Calcutta medical institutions reports 1879-81 [i.e.91]
Year: 1879
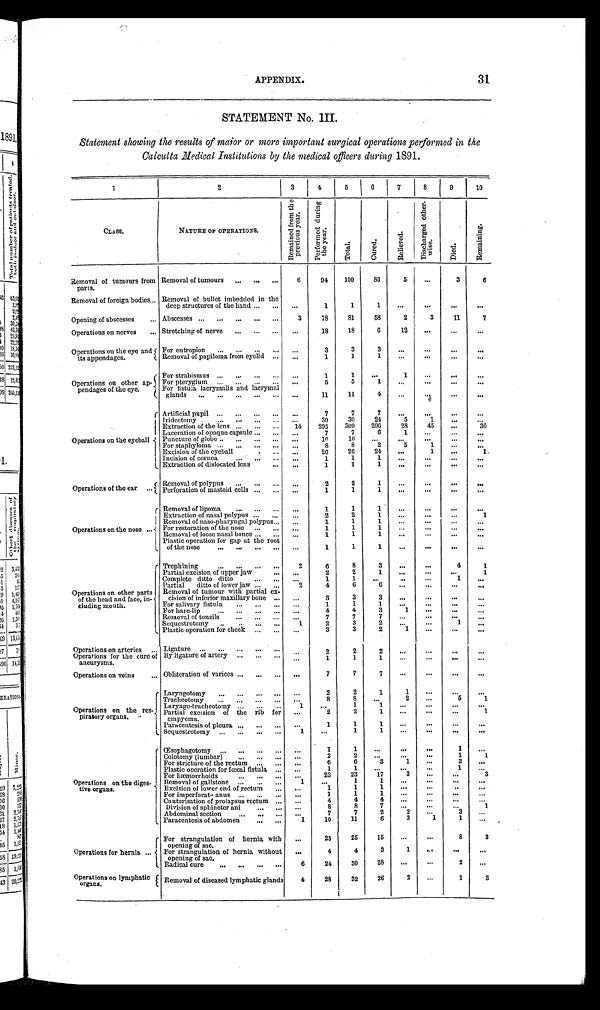
APPENDIX.
31
STATEMENT No. III.
Statement showing the results of major or more important surgical operations performed in the
Calcutta Medical Institutions by the medical officers during 1891.
1
2
3
4
5
6
7
8
9
10
CLASS.
NATURE OF OPERATIONS.
R e m a i n e d f r o m t h e p r e v i o u s y e a r .
P e r f o r m e d d u r i n g t h e y e a r .
T o t a l .
C u r e d .
R e l i e v e d .
D i s c h a r g e d o t h e r - w i s e .
D i e d .
R e m a i n i n g .
Removal of tumours from
parts.
Removal of tumours . . .
6
94
100
86
5
. . .
3
6
Removal of foreign bodies . . . Removal of bullet imbedded in the
deep structures of the hand . . .
. . .
1
1
1
. . .
. . .
. . .
. . .
Opening of abscesses . .. . Abscesses . . .
3
78
81
58
2
3
11
7
Operations on nerves . . . Stretching of nerve . . .
. . .
18
18
6
12
. . .
. . .
. . .
Operations on the eye and
its appendages.
For entropion . . .
. . .
3
3
3
. . .
. . .
. . .
. . .
Removal of papiloma, from eyelid . . .
. . .
1
1
1 . . .
. . .
. . .
. . .
Operations on other ap-
pendages of the eye.
For Strabismus . . .
. . .
1
1
. . .
1
. . .
. . .
. . .
F o r p t e r y g i u m . . .
. . .
5
5
1 . . .
. . .
. . .
. . .
For fistula, lacrymalis and lacrymal
glands . . .
. . .
11
11
4
. . .
. . .
. . .
. . .
Operations on the eyeball
Artificial pupil . . .
. . .
7
7
7
. . .
. . .
. . .
. . .
lridectomy . . .
. . .
30
30
24
5
1
. . .. . .
Extraction of the lens . . .
14
295
309
206
28
45
. . .
30
Laceration of opaque capsule . . .
. . .
7
7
6
1
. . .
. . .
. . .
Puncture of globe . . .
. . .
1 0
10
. . .
. . .
. . .
. . .
. . .
For staphyloma . . .
. . .
8
8
2
5
1
. . .
. . .
Excision of the eyeball . . .
. . .
26
26
24
. . .
1
. . .
1
Incision of cornea. . .
. . .
1
1
1
. . .
. . .
. . .
. . .
Extraction of dislocated lens . . .
. . .
1
1
1
. . .
. . .
. . .
. . .
Operations of the ear
. . .
Removal of polypus . . .
. . .
2
2
1
. . .
. . .
. . .
. . .
Perforation of mastoid cells . . .
. . .
1
1
1
. . .
. . .
. . .
. . .
Operations on the nose . . .
Removal of lipoma . . .
. . .
1
1
1
. . .
. . .
. . .
. . .
Extraction of nasal polypus . . .
. . .
2
2
1
. . .
. . .
. . .
1
Removal of naso-pharyngal polypus. . .
. . .
1
1
1
. . .
. . .
. . .
. . .
For restoration of the nose . . .
. . .
1
1
1 . . .
. . .
. . .. . .
Removal of loose nasal bones . . .
. . .
1
1
1
. . .
. . .
. . .
. . .
Plastic operation for gap at the root
of the nose . . .
. . .
1
1
1
. . .
. . .
. . .
. . .
Operations on other parts
of the head and face, in-
cluding mouth.
Trephining . . .
2
6
8
3
. . .
. . .
4
1
Partial excision of upper jaw . . .
. . .
2
2
1
. . .
. . .
. . .
1
Complete ditto ditto . . .
. . .
1
1
. . .
. . .
. . .
1
. . .
Partial ditto of lower jaw . . .
2
4
6
6
. . .
. . .
. . .
. . .
Removal of tumour with partial ex
-
cision of inferior maxillary bone . . .
. . .
3
3
3
. . .
. . .
. . .
. . .
For salivary fistula . . .
. . .
1
1
1
. . .
. . .
. . .
. . .
For hare-lip . . .
. . .
4
4
3
1
. . .
. . .
. . .
Removal of tonsils. . .
. . .
7
7
7
. . .
. . .
. . .
. . .
Sequestrotomy
. . .
1
2
3
2
. . .
. . .
1
Plastic operation for cheek
. . .
. . .
3
3
2
1
. . .
. . .
. . .
Operations on arteries . . . Ligature . . .
. . .
2
2
2
. . .
. . .
. . .
Operations for the cure of
aneurysms.
B y l i g a t u r e o f a r t e r y . . .
. . .
1
1
1
. . .
. . .
. . .
. . .
Operations on veins . . . Obliteration of varices . . .
. . .
7
7
7
. . .
. . .
. . .
. . .
Operations on the res-
piratory organs.
Laryngotomy . . .
. . .
2
2
1
1
. . .
. . .
. . .
. . .
8
8
. . .
2
. . .
5
1
Tracheotomy . . .
1
. . .
1
1
. . .
. . .
. . .
. . .
Laryngo-tracheotom
.
. . .
2
2
1
. . .
. . .
. . .
1
Partial excision of the rib for
empyema . . .
. . .
1
1
1
. . .
. . .
. . .
. . .
Paracentesis of pleura . . .
. . .
1
1
. . .
. . .
. . .
. . .
1
Sequestrotomy
. . .
Operations on the diges-
tive organs.
Œsophagotomy. . .
. . .
1
1
. . .
. . .
. . .
1
. . .
. . .
2
2
. . .
. . .
. . .
1 . . .
Colotomy (lumbar) . . .
. . .
6
6
3
1
. . .
2
. . .
For stricture of the rectum. . .
. . .
1
1
. . .
. . .
. . .
1
. . .
Plastic operation for fœcal fistula . . .
. . .
23
23
17
3
. . .
. . .
3
For hæmorrhoids
1
. . .
1
1
. . .
. . .
. . .
. . .
Removal of gallstone . . .
. . .
1
1
1
. . .
. . .
. . .
. . .
Excision of lower end of rectum . . .
For imperforate anus
. . .
. . .
1
1
1
. . .
. . .
. . .
. . .
Cauterisation of prolapsus rectum . . .
. . .
4
4
4
. . .
. . .
. . .
. . .
. . .
8
8
7
. . .
. . .
. . .
1
Division of sphincter ani. . . .
. . .
7
7
2
2
. . .
3
. . .
Abdominal section . . .
1
10
11
6
3
1
1 . . .
Paracentesis of abdomen . . .
Operations for hernia . . .
For strangulation of hernia with
opening of sac.
. . .
25
25
15
. . .
. . .
8
2
. . .
4
4
3
1
. . .
. . .
. . .
For strangulation of hernia without
opening of sac.
6
24
30
28
. . .
. . .
2
. . .
Radical cure . . .
Operations on lymphatic
organs.
Removal of diseased lymphatic glands
4
28
32
26
2
. . .
1
3